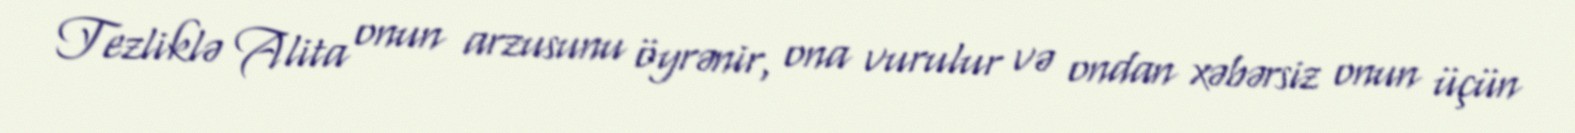
Tezliklə Alita onun arzusunu öyrənir, ona vurulur və ondan xəbərsiz onun üçün